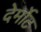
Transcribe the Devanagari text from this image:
देर्मोट